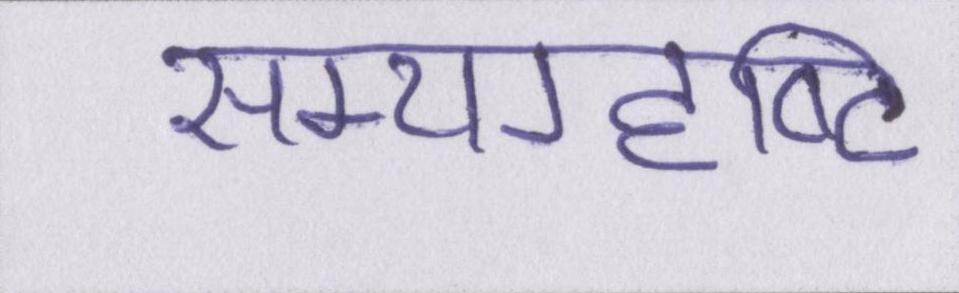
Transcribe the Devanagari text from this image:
सम्यग्दृष्टि